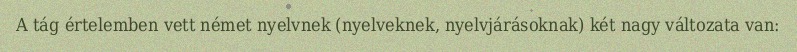
A tág értelemben vett német nyelvnek (nyelveknek, nyelvjárásoknak) két nagy változata van: